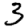
Digit: 3